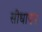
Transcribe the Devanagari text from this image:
सीधापन